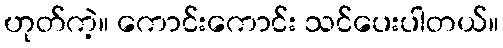
ဟုတ်ကဲ့။ ကောင်းကောင်း သင်ပေးပါတယ်။